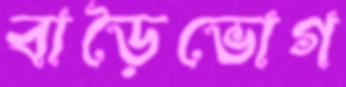
বাড়ৈভোগ